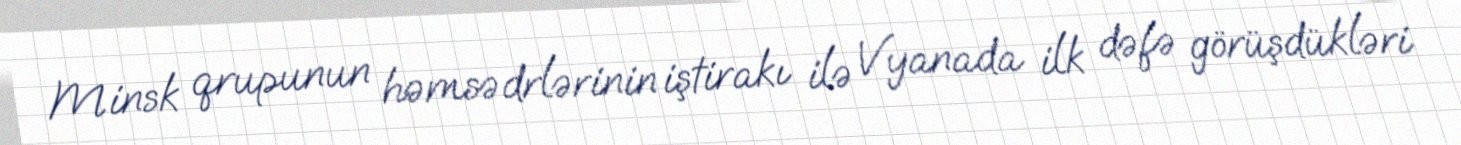
Minsk qrupunun həmsədrlərinin iştirakı ilə Vyanada ilk dəfə görüşdükləri